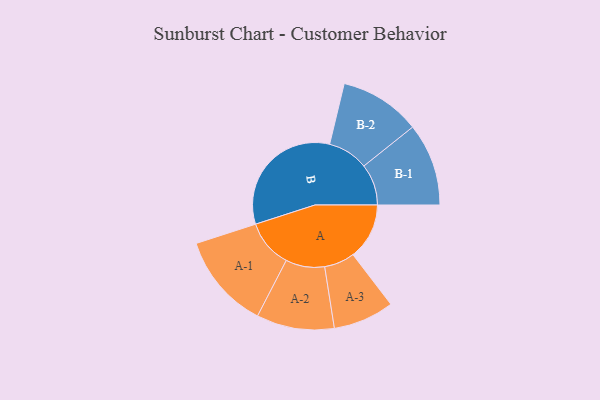
{"axis": {"x": "Segment", "y": "Value"}, "legend": ["", "A", "B"], "data": [{"x": "A", "y": 207, "type": ""}, {"x": "B", "y": 478, "type": ""}, {"x": "A-1", "y": 176, "type": "A"}, {"x": "A-2", "y": 143, "type": "A"}, {"x": "A-3", "y": 112, "type": "A"}, {"x": "B-1", "y": 152, "type": "B"}, {"x": "B-2", "y": 149, "type": "B"}]}